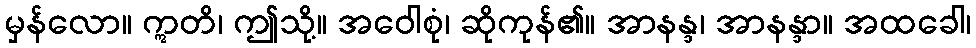
မှန်လော။ ဣတိ၊ ဤသို့။ အဝေါစုံ၊ ဆိုကုန်၏။ အာနန္ဒ၊ အာနန္ဒာ။ အထခေါ၊